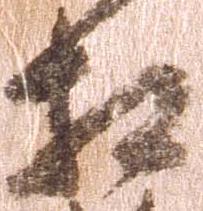
相